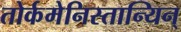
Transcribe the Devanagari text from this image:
तोर्कमेनिस्तान्यिन्